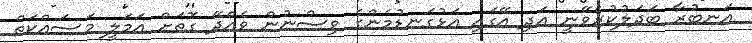
އަނބުރާ ބަދަލުކުރެވޭނީ އަދި އޭގައި އަޅުގަނޑުމެންގެ ވިސްނުން ވެއްދޭ ގޮތަށް އަމަލީ މަސައްކަތް